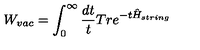
W _ { v a c } = \int _ { 0 } ^ { \infty } \frac { d t } { t } T r e ^ { - t \hat { H } _ { s t r i n g } }